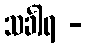
သင်္ခါရ -